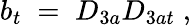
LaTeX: b_{t}\; =\; D_{3a}D_{3at}\; ,